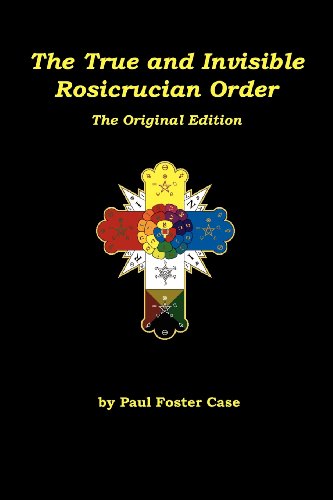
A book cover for The True and Invisible Rosicrucian Order: The Original Edition; Paul Foster Case; Religion & Spirituality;